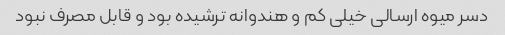
دسر میوه ارسالی خیلی کم و هندوانه ترشیده بود و قابل مصرف نبود